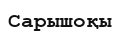
Сарышоқы